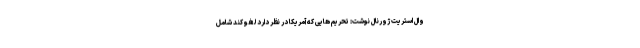
وال استریت ژورنال نوشت: تحریم هایی که آمریکا در نظر دارد لغو کند شامل